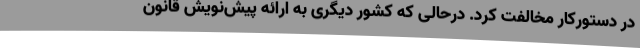
در دستورکار مخالفت کرد. درحالی که کشور دیگری به ارائه پیش‌نویش قانون